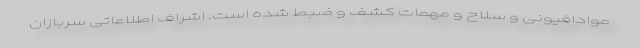
موادافیونی و سلاح و مهمات کشف و ضبط شده است. اشراف اطلاعاتی سربازان